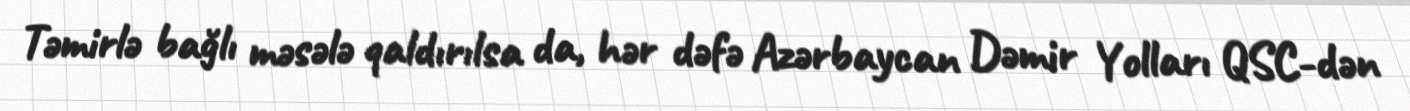
Təmirlə bağlı məsələ qaldırılsa da, hər dəfə Azərbaycan Dəmir Yolları QSC-dən